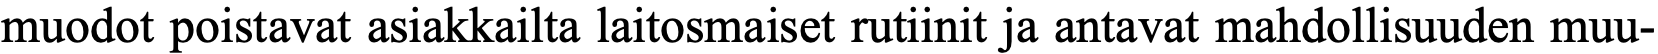
muodot poistavat asiakkailta laitosmaiset rutiinit ja antavat mahdollisuuden muu-